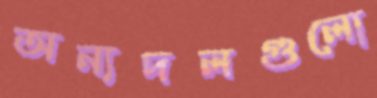
অন্যদলগুলো